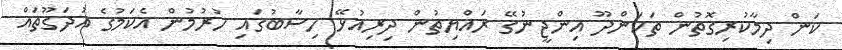
ކަން ދިމާކުރިގޮތުން ތަކަންދޫ އިންޖީނުގޭ ރައްޔިތުން ދިރިއުޅޭ ހިސާބުގައި ހުރުމުން އެކަމުގެ އުދަގޫތައް